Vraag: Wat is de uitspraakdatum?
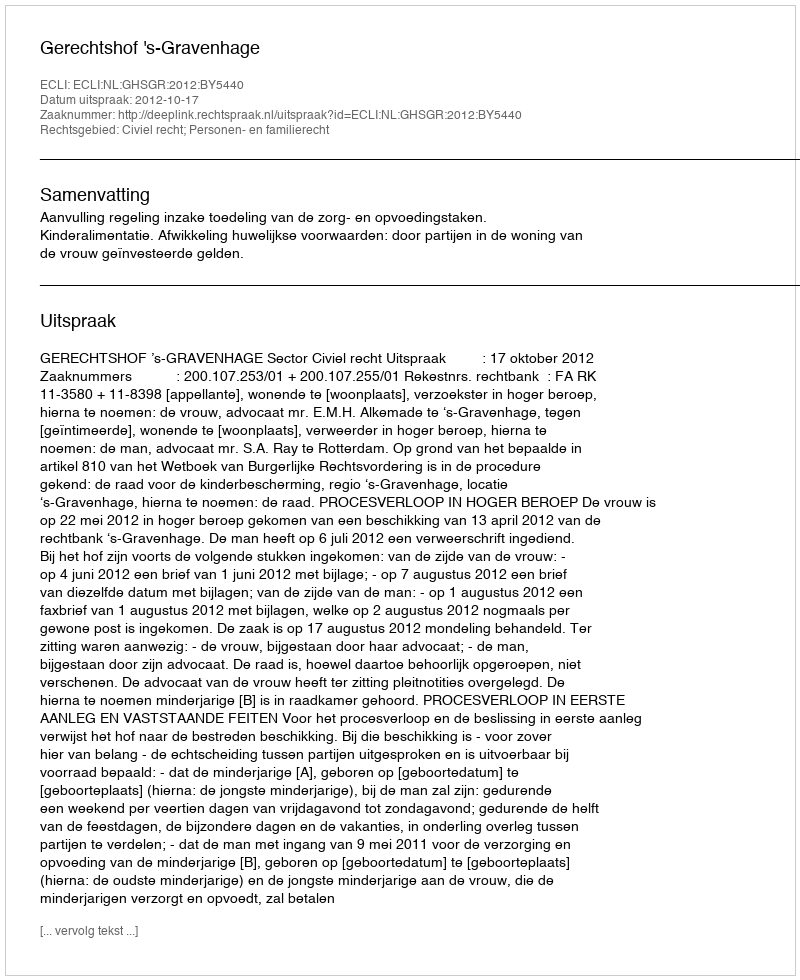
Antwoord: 2012-10-17